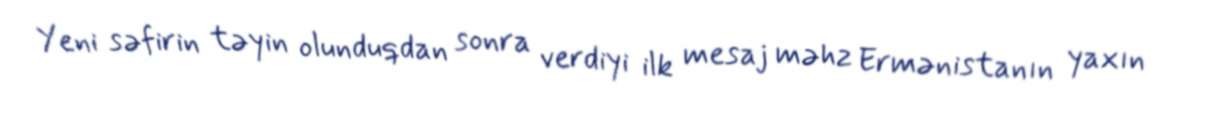
Yeni səfirin təyin olunduqdan sonra verdiyi ilk mesaj məhz Ermənistanın yaxın